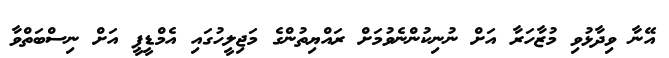
އޭނާ ވިދާޅުވި މުޒާހަރާ އަށް ނުނިކުންނެވުމަށް ރައްޔިތުންގެ މަޖިލީހުގައި އެމްޑީޕީ އަށް ނިސްބަތްވާ